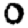
Digit: 0